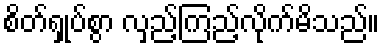
စိတ်ရှုပ်စွာ လှည့်ကြည့်လိုက်မိသည်။